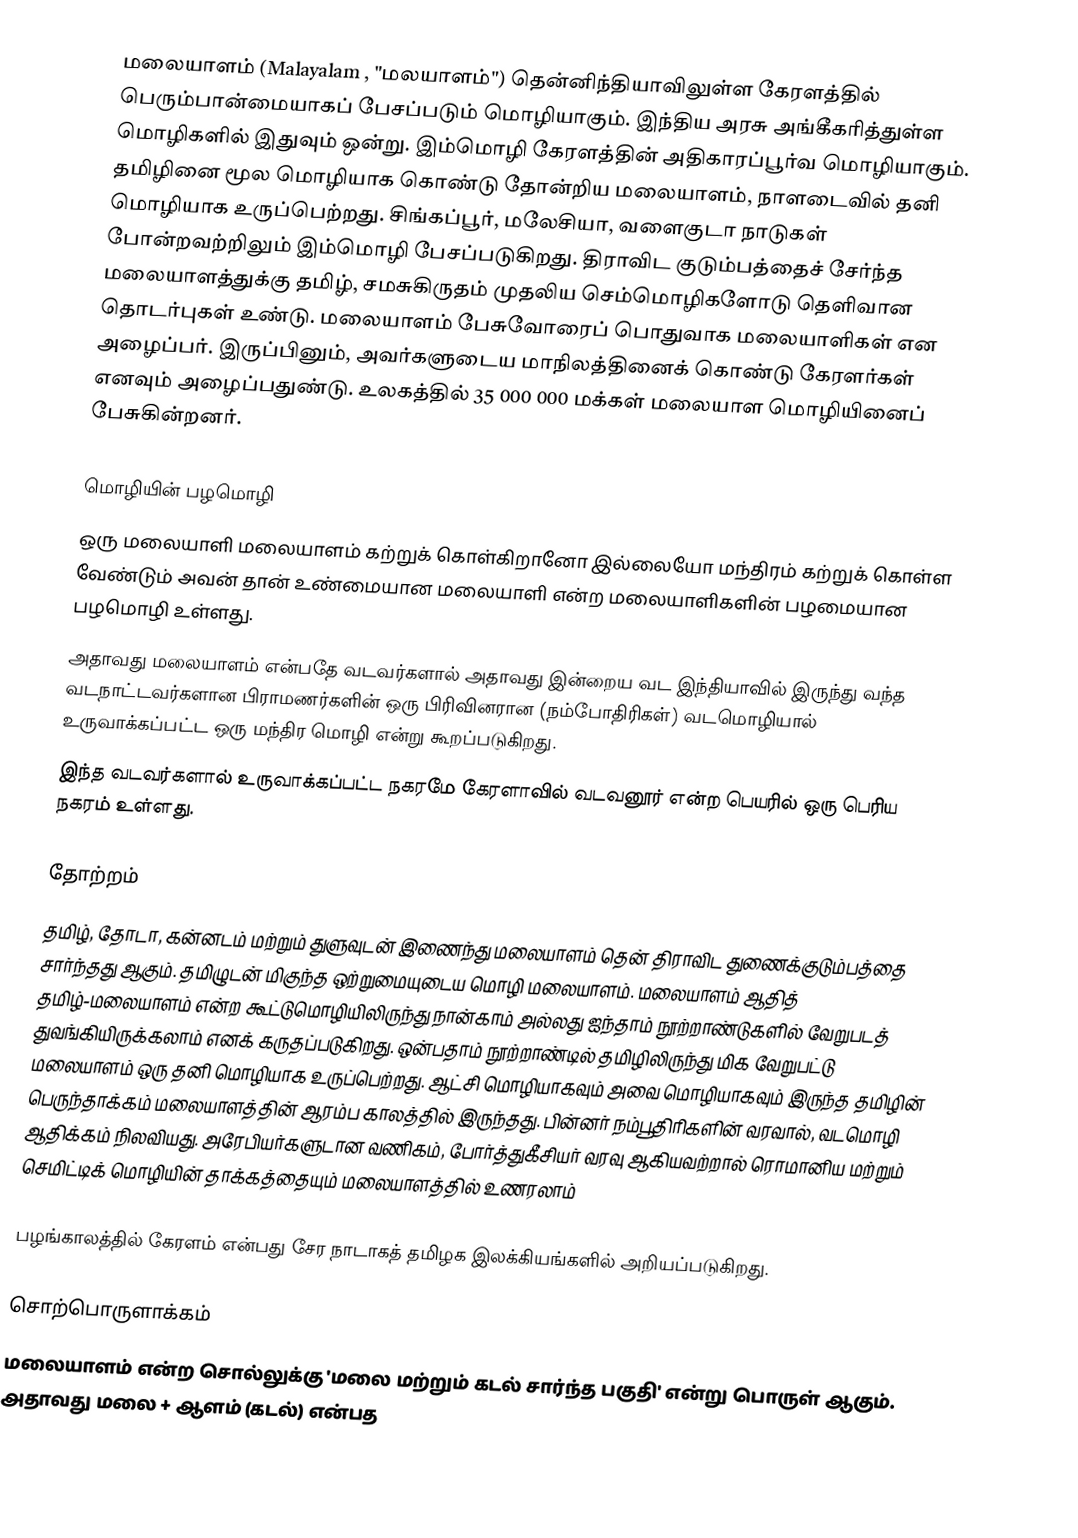
மலையாளம் (Malayalam , "மலயாளம்") தென்னிந்தியாவிலுள்ள கேரளத்தில் பெரும்பான்மையாகப் பேசப்படும் மொழியாகும். இந்திய அரசு அங்கீகரித்துள்ள மொழிகளில் இதுவும் ஒன்று. இம்மொழி கேரளத்தின் அதிகாரப்பூர்வ மொழியாகும். தமிழினை மூல மொழியாக கொண்டு தோன்றிய மலையாளம், நாளடைவில் தனி மொழியாக உருப்பெற்றது. சிங்கப்பூர், மலேசியா, வளைகுடா நாடுகள் போன்றவற்றிலும் இம்மொழி பேசப்படுகிறது. திராவிட குடும்பத்தைச் சேர்ந்த மலையாளத்துக்கு தமிழ், சமசுகிருதம் முதலிய செம்மொழிகளோடு தெளிவான தொடர்புகள் உண்டு. மலையாளம் பேசுவோரைப் பொதுவாக மலையாளிகள் என அழைப்பர். இருப்பினும், அவர்களுடைய மாநிலத்தினைக் கொண்டு கேரளர்கள் எனவும் அழைப்பதுண்டு. உலகத்தில் 35 000 000 மக்கள் மலையாள மொழியினைப் பேசுகின்றனர்.

மொழியின் பழமொழி
 ஒரு மலையாளி மலையாளம் கற்றுக் கொள்கிறானோ இல்லையோ மந்திரம் கற்றுக் கொள்ள வேண்டும் அவன் தான் உண்மையான மலையாளி என்ற மலையாளிகளின் பழமையான பழமொழி உள்ளது.
 அதாவது மலையாளம் என்பதே வடவர்களால் அதாவது இன்றைய வட இந்தியாவில் இருந்து வந்த வடநாட்டவர்களான பிராமணர்களின் ஒரு பிரிவினரான (நம்போதிரிகள்) வடமொழியால் உருவாக்கப்பட்ட ஒரு மந்திர மொழி என்று கூறப்படுகிறது.
 இந்த வடவர்களால் உருவாக்கப்பட்ட நகரமே கேரளாவில் வடவனூர் என்ற பெயரில் ஒரு பெரிய நகரம் உள்ளது.

தோற்றம்
தமிழ், தோடா, கன்னடம் மற்றும் துளுவுடன் இணைந்து மலையாளம் தென் திராவிட துணைக்குடும்பத்தை சார்ந்தது ஆகும். தமிழுடன் மிகுந்த ஒற்றுமையுடைய மொழி மலையாளம். மலையாளம் ஆதித் தமிழ்-மலையாளம் என்ற கூட்டுமொழியிலிருந்து நான்காம் அல்லது ஐந்தாம் நூற்றாண்டுகளில் வேறுபடத் துவங்கியிருக்கலாம் எனக் கருதப்படுகிறது. ஒன்பதாம் நூற்றாண்டில் தமிழிலிருந்து மிக வேறுபட்டு மலையாளம் ஒரு தனி மொழியாக உருப்பெற்றது. ஆட்சி மொழியாகவும் அவை மொழியாகவும் இருந்த தமிழின் பெருந்தாக்கம் மலையாளத்தின் ஆரம்ப காலத்தில் இருந்தது. பின்னர் நம்பூதிரிகளின் வரவால், வடமொழி ஆதிக்கம் நிலவியது. அரேபியர்களுடான வணிகம், போர்த்துகீசியர் வரவு ஆகியவற்றால் ரொமானிய மற்றும் செமிட்டிக் மொழியின் தாக்கத்தையும் மலையாளத்தில் உணரலாம்

பழங்காலத்தில் கேரளம் என்பது சேர நாடாகத் தமிழக இலக்கியங்களில் அறியப்படுகிறது.

சொற்பொருளாக்கம்
மலையாளம் என்ற சொல்லுக்கு 'மலை மற்றும் கடல் சார்ந்த பகுதி' என்று பொருள் ஆகும். அதாவது மலை + ஆளம் (கடல்) என்பத